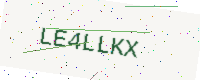
Text: LE4LLKX